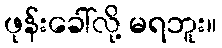
ဖုန်းခေါ်လို့ မရဘူး။